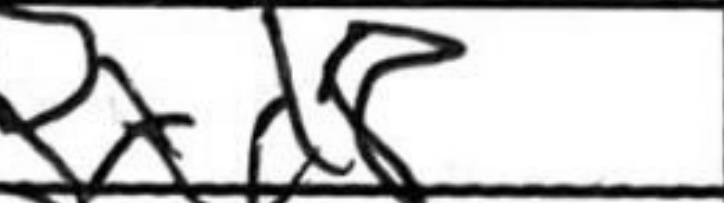
Transcription: Rxd8